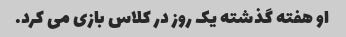
او هفته گذشته یک روز در کلاس بازی می کرد.